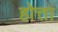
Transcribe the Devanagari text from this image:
होत्ता